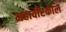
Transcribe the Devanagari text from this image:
महावीरकाल